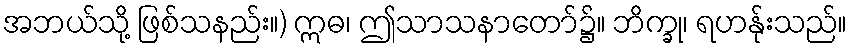
အဘယ်သို့ ဖြစ်သနည်း။) ဣဓ၊ ဤသာသနာတော်၌။ ဘိက္ခု၊ ရဟန်ုးသည်။